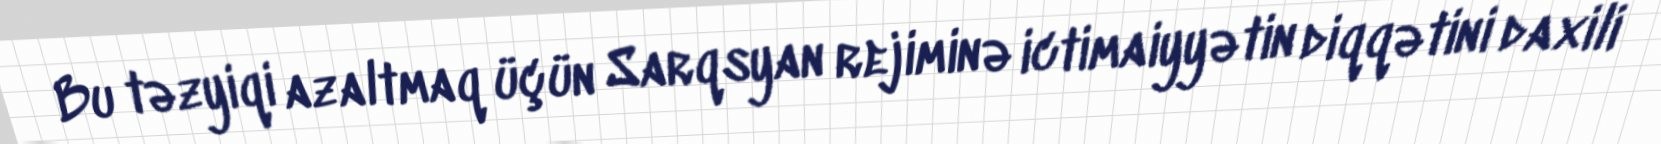
Bu təzyiqi azaltmaq üçün Sarqsyan rejiminə ictimaiyyətin diqqətini daxili